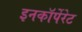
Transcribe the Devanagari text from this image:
इनकाॅर्पेरेट